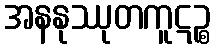
အနနုဿုတကူဋဉ္စ